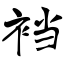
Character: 裆